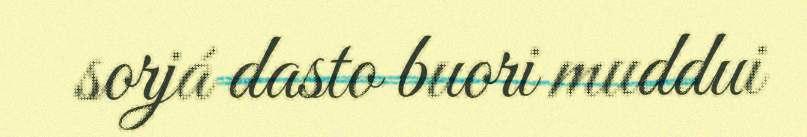
sorjá dasto buori muddui